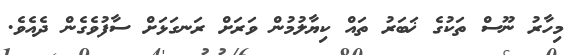
މިހާރު ނޫސް ތަކުގެ ޚަބަރު ތައް ކިޔާލުމުން ވަރަށް ރަނގަޅަށް ސާފުވެގެން ދެއެވެ.